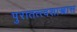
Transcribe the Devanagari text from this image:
पुरातत्त्वशास्त्रास